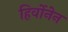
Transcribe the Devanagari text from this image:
हिर्वोनेन